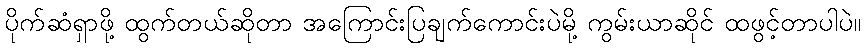
ပိုက်ဆံရှာဖို့ ထွက်တယ်ဆိုတာ အကြောင်းပြချက်ကောင်းပဲမို့ ကွမ်းယာဆိုင် ထဖွင့်တာပါပဲ။